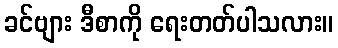
ခင်ဗျား ဒီစာကို ရေးတတ်ပါသလား။